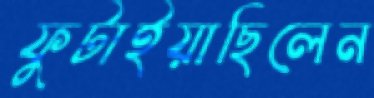
ফুটাইয়াছিলেন